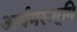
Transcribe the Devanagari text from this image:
अर्धमरूभूमि